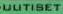
UUTISET